Treatise on elephants
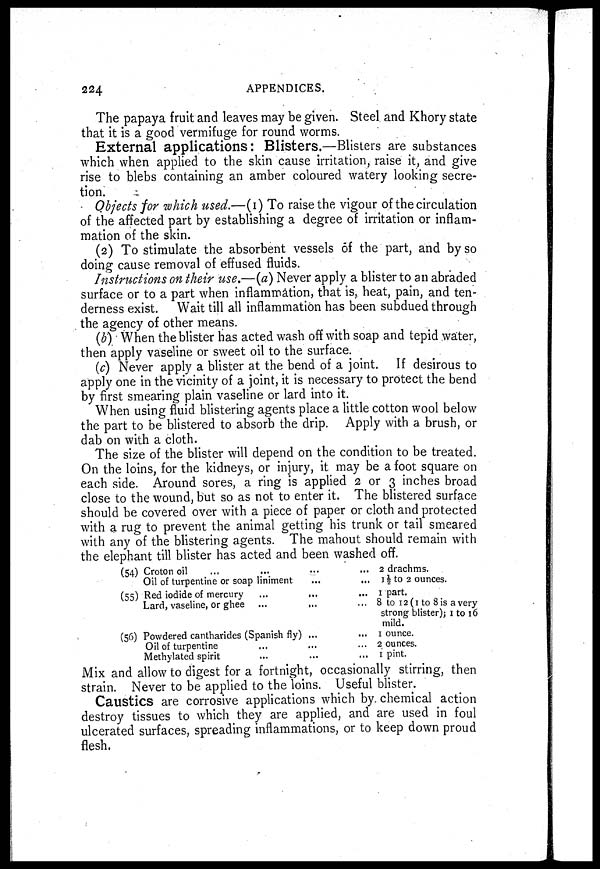
224
APPENDICES.
The papaya fruit and leaves may be given. Steel and Khory state
that it is a good vermifuge for round worms.
External applications: Blisters.—Blisters are substances
which when applied to the skin cause irritation, raise it, and give
rise to blebs containing an amber coloured watery looking secre-
tion.
Objects for which used.—(1) To raise the vigour of the circulation
of the affected part by establishing a degree of irritation or inflam-
mation of the skin.
(2) To stimulate the absorbent vessels of the part, and by so
doing cause removal of effused fluids.
Instructions on their use,—(a) Never apply a blister to an abraded
surface or to a part when inflammation, that is, heat, pain, and ten-
derness exist. Wait till all inflammation has been subdued through
the agency of other means.
(b) When the blister has acted wash off with soap and tepid water,
then apply vaseline or sweet oil to the surface.
(c) Never apply a blister at the bend of a joint. If desirous to
apply one in the vicinity of a joint, it is necessary to protect the bend
by first smearing plain vaseline or lard into it.
When using fluid blistering agents place a little cotton wool below
the part to be blistered to absorb the drip. Apply with a brush, or
dab on with a cloth.
The size of the blister will depend on the condition to be treated.
On the loins, for the kidneys, or injury, it may be a foot square on
each side. Around sores, a ring is applied 2 or 3 inches broad
close to the wound, but so as not to enter it. The blistered surface
should be covered over with a piece of paper or cloth and protected
with a rug to prevent the animal getting his trunk or tail smeared
with any of the blistering agents. The mahout should remain with
the elephant till blister has acted and been washed off.
(54) Croton oil ... ... ...
Oil of turpentine or soap liniment ...
(55) Red iodide of mercury ... ...
Lard, vaseline, or ghee ... ...
(56) Powdered cantharides (Spanish fly) ...
Oil of turpentine ... ...
Methylated spirit ... ...
... 2 drachms.
... 1½ to 2 ounces.
... 1 part.
... 8 to 12 (1 to 8 is a very
strong blister); 1 to 16
mild.
... 1 ounce.
... 2 ounces.
... 1 pint.
Mix and allow to digest for a fortnight, occasionally stirring, then
strain. Never to be applied to the loins. Useful blister
Caustics are corrosive applications which by. chemical action
destroy tissues to which they are applied, and are used in foul
ulcerated surfaces, spreading inflammations, or to keep down proud
flesh.